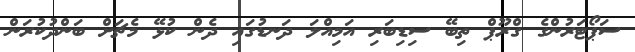
ސަޕޯޓަރުންގެ ގްރޫޕް ތިބޭ ސިޑިބަރި އަމިއްލަ ދަނޑުގައި ދެން ކުޅޭ މެޗަށް ބަންދުކުރަން